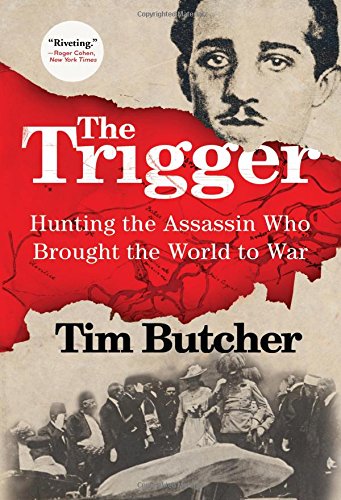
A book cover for The Trigger: Hunting the Assassin Who Brought the World to War; Tim Butcher; Travel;